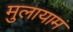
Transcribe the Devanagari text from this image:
मुलायाम